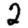
Digit: 2